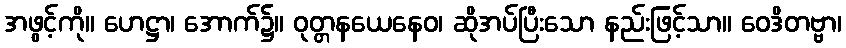
အဖွင့်ကို။ ဟေဋ္ဌာ၊ အောက်၌။ ဝုတ္တနယေနေဝ၊ ဆိုအပ်ပြီးသော နည်းဖြင့်သာ။ ဝေဒိတဗ္ဗာ၊